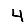
Digit: 4